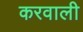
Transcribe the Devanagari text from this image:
करवाली